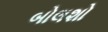
બોલશો